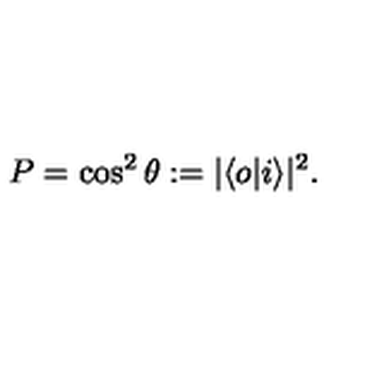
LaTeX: P = \cos ^ { 2 } \theta : = | \langle o | i \rangle | ^ { 2 } \/ .